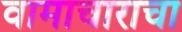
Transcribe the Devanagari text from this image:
वामाचाराचा